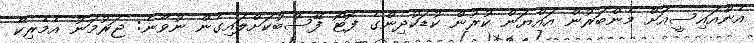
އެންއައިސީއަށް މެންބަރުން އައްޔަން ކުރުން ކުޑަކުދިންގެ ފޮޓޯ ފޭސްބުކަށްލައިގެން ނުވާނެ: ޖަރުމަނު އެމެރިކާ